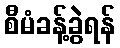
စီမံခန့်ခွဲရန်